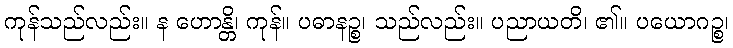
ကုန်သည်လည်း။ န ဟောန္တိ၊ ကုန်။ ပဓာနဉ္စ၊ သည်လည်း။ ပညာယတိ၊ ၏။ ပယောဂဉ္စ၊